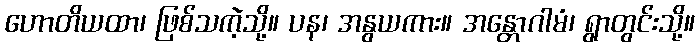
ဟောတိယထာ၊ ဖြစ်သကဲ့သို့။ ပန၊ အနွယကား။ အန္တောဂါမံ၊ ရွာတွင်းသို့။